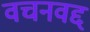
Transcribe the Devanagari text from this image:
वचनवद्द